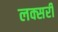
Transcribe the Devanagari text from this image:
लक्सरी